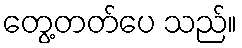
တွေ့တတ်ပေ သည်။